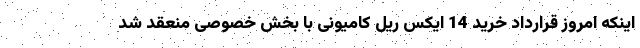
اینکه امروز قرارداد خرید 14 ایکس ریل کامیونی با بخش خصوصی منعقد شد